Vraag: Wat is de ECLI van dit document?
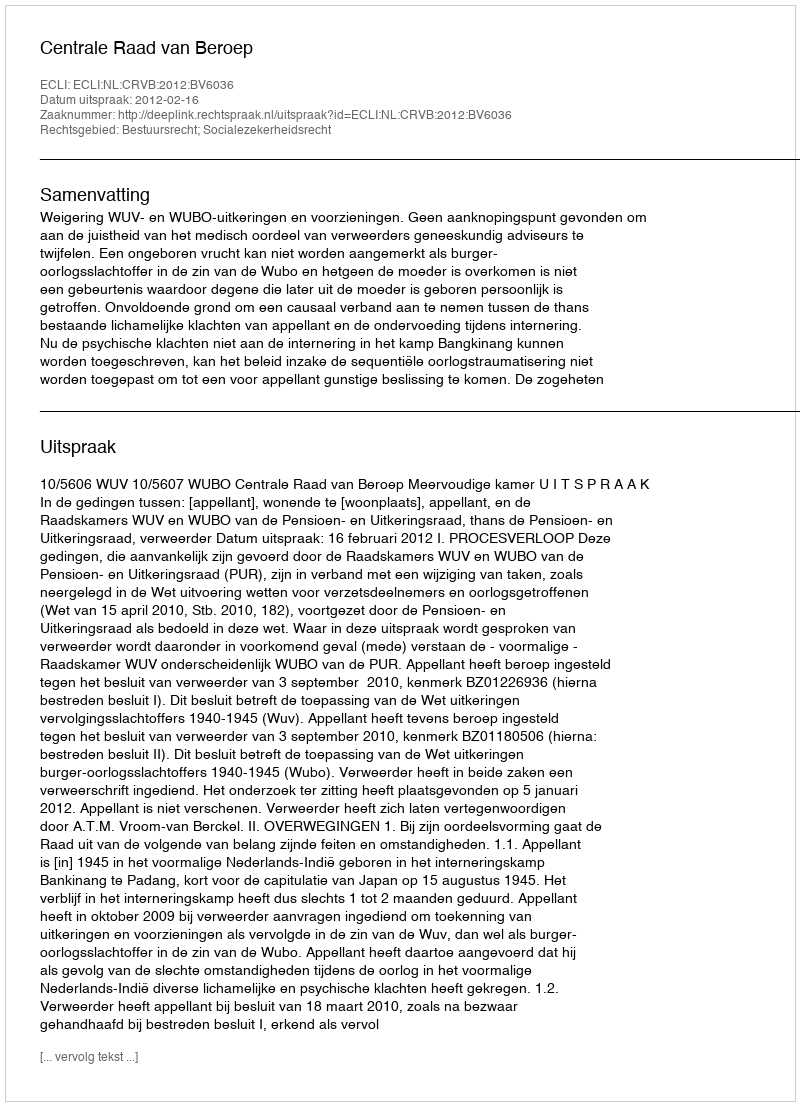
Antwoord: ECLI:NL:CRVB:2012:BV6036